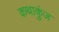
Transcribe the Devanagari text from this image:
कथाकुंज